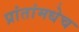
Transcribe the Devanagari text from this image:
प्रांतांमधेच